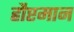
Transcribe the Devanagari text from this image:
हौप्टमान